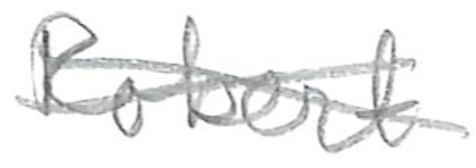
Text: Robert
Cross-out: mix
Writing tool: pencil